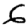
Digit: 6